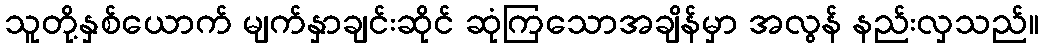
သူတို့နှစ်ယောက် မျက်နှာချင်းဆိုင် ဆုံကြသောအချိန်မှာ အလွန် နည်းလှသည်။